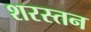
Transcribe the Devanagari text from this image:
शरस्तन